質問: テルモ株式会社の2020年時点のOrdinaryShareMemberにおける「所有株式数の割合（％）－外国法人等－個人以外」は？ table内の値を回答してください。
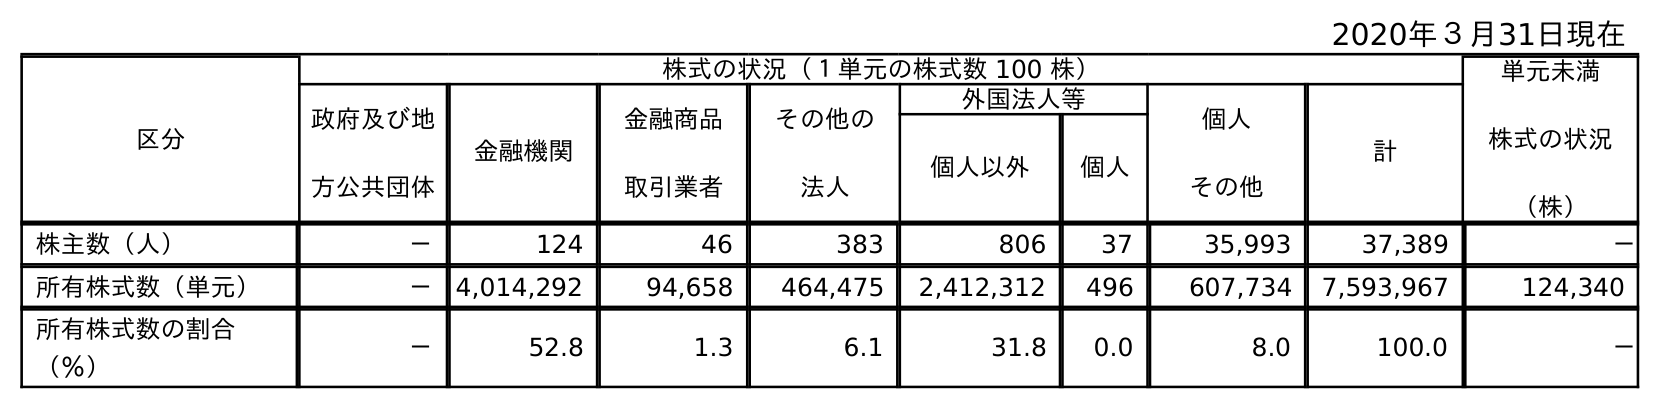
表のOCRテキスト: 2020年３月31日現在 区分 株式の状況（１単元の株式数 100 株） 単元未満 株式の状況 （株） 政府及び地 方公共団体 金融機関 金融商品 取引業者 その他の 法人 外国法人等 個人 その他 計 個人以外 個人 株主数（人） － 124 46 383 806 37 35,993 37,389 － 所有株式数（単元） － 4,014,292 94,658 464,475 2,412,312 496 607,734 7,593,967 124,340 所有株式数の割合 （％） － 52.8 1.3 6.1 31.8 0.0 8.0 100.0 －
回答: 31.8